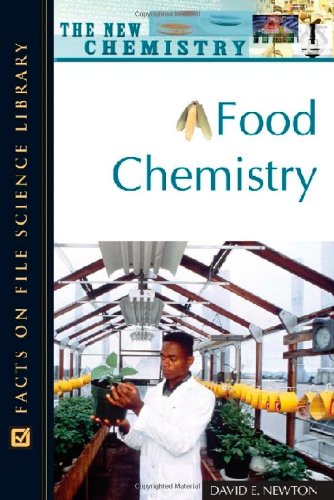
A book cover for Food Chemistry (New Chemistry); David E. Newton; Teen & Young Adult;